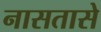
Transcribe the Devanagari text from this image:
नासतासे